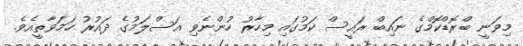
މިވަނީ ބްރޮޑްކޮމްގެ ނައިބް ރައީސް ކަމުގައި މިހާރު ހުންނެވި އަސްލަމުގެ ދައުރު ހަމަވާތީއެވެ.